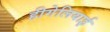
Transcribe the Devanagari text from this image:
हीगेलियाई